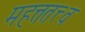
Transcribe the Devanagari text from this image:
महत्ततत्त्व